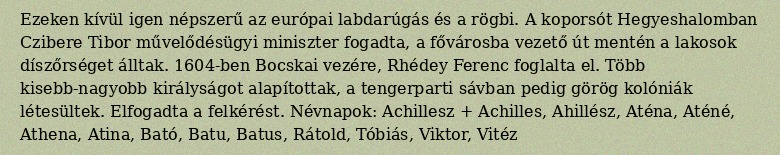
Ezeken kívül igen népszerű az európai labdarúgás és a rögbi. A koporsót Hegyeshalomban Czibere Tibor művelődésügyi miniszter fogadta, a fővárosba vezető út mentén a lakosok díszőrséget álltak. 1604-ben Bocskai vezére, Rhédey Ferenc foglalta el. Több kisebb-nagyobb királyságot alapítottak, a tengerparti sávban pedig görög kolóniák létesültek. Elfogadta a felkérést. Névnapok: Achillesz + Achilles, Ahillész, Aténa, Aténé, Athena, Atina, Bató, Batu, Batus, Rátold, Tóbiás, Viktor, Vitéz